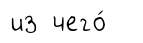
из чего́